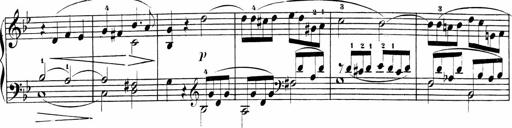
Title: Sonatinas
Composer: Andrew Violette